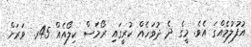
އުފުލުމެއްގަ އެވެ. މީގެ ދެ ދުވަހެއް ކުރީގައި ރޯމަސް ކިލޯއެއް 45ރ. ވަރަށް